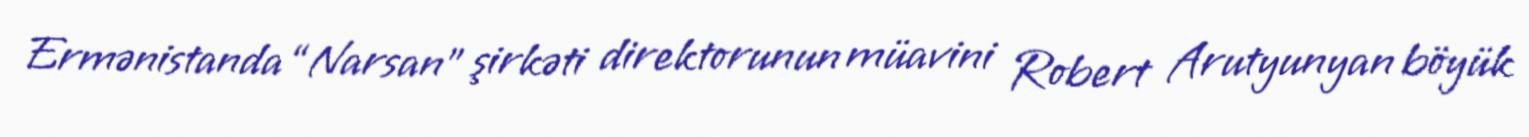
Ermənistanda “Narsan” şirkəti direktorunun müavini Robert Arutyunyan böyük